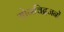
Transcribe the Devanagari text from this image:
योगविद्वजनों